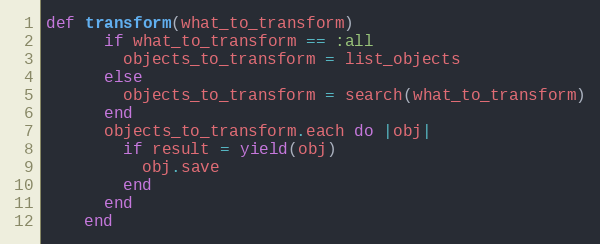
Language: Ruby
def transform(what_to_transform)
      if what_to_transform == :all
        objects_to_transform = list_objects
      else
        objects_to_transform = search(what_to_transform)
      end
      objects_to_transform.each do |obj|
        if result = yield(obj)
          obj.save
        end
      end
    end